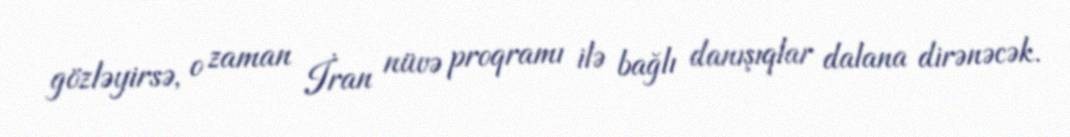
gözləyirsə, o zaman İran nüvə proqramı ilə bağlı danışıqlar dalana dirənəcək.